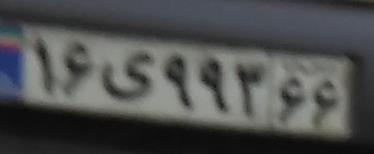
۱۶ی۹۹۳۶۶